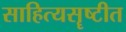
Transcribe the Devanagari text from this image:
साहित्यसॄष्टीत